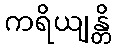
ကရိယျန္တိ